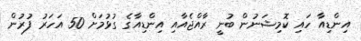
އިންޑިއާ ހައި ކޮމިޝަނުން ބުނީ ރާއްޖެއާއި އިންޑިއާގެ ގުޅުމަށް 50 އަހަރު ފުރުން